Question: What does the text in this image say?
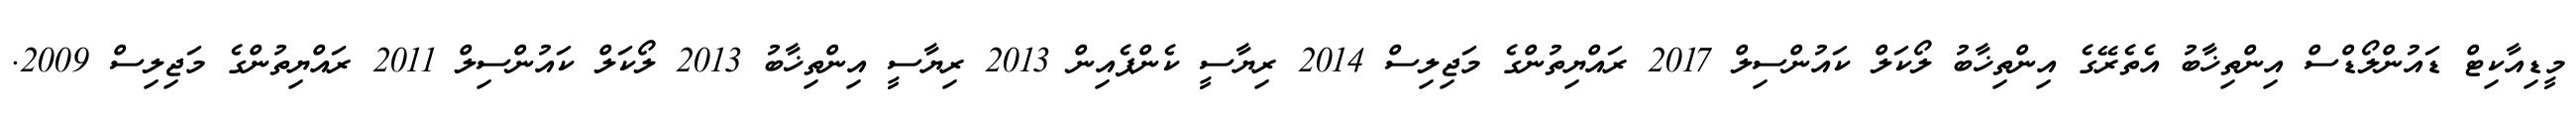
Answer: މީޑިއާކިޓް ޑައުންލޯޑްސް އިންތިޚާބު އެތެރޭގެ އިންތިޚާބު ލޯކަލް ކައުންސިލް 2017 ރައްޔިތުންގެ މަޖިލިސް 2014 ރިޔާސީ ކެންޕެއިން 2013 ރިޔާސީ އިންތިޚާބު 2013 ލޯކަލް ކައުންސިލް 2011 ރައްޔިތުންގެ މަޖިލިސް 2009.